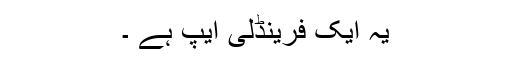
یہ ایک فرینڈلی ایپ ہے ۔